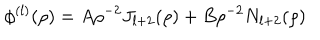
\phi ^ { ( l ) } ( \rho ) = A \rho ^ { - 2 } J _ { l + 2 } ( \rho ) + B \rho ^ { - 2 } N _ { l + 2 } ( \rho )